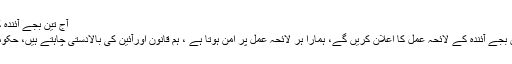
آج تین بجے آئندہ کے لائحہ عمل کا اعلان کریں گے
سربراہ پی اےٹی نے کہا کہ آج تین بجے آئندہ کے لائحہ عمل کا اعلان کریں گے، ہمارا ہر لائحہ عمل پر امن ہوتا ہے ، ہم قانون اورآئین کی بالادستی چاہتے ہیں، حکومت سے رپورٹ لے کر رہیں گے۔